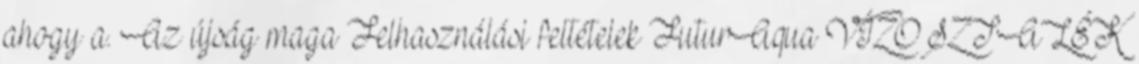
ahogy a. Az újság maga Felhasználási feltételek FuturAqua VÍZOSZTALÉK